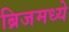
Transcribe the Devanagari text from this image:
ब्रिजमध्ये